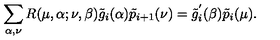
\sum _ { \alpha , \nu } R ( \mu , \alpha ; \nu , \beta ) \tilde { g } _ { i } ( \alpha ) \tilde { p } _ { i + 1 } ( \nu ) = \tilde { g } _ { i } ^ { ' } ( \beta ) \tilde { p } _ { i } ( \mu ) .